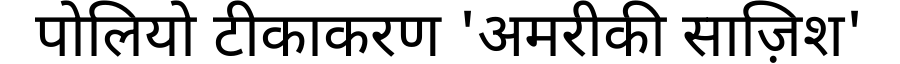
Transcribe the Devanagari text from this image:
पोलियो टीकाकरण 'अमरीकी साज़िश'